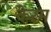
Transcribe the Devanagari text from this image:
केरम